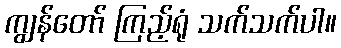
ကျွန်တော် ကြည့်ရုံ သက်သက်ပါ။